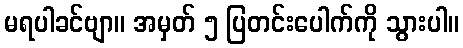
မရပါခင်ဗျာ။ အမှတ် ၅ ပြတင်းပေါက်ကို သွားပါ။